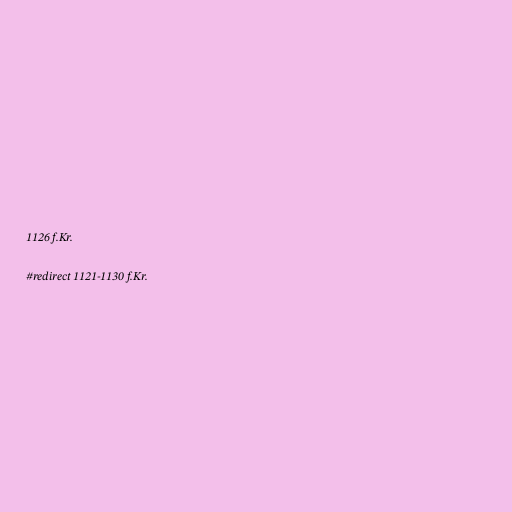
1126 f.Kr.

#redirect 1121-1130 f.Kr.